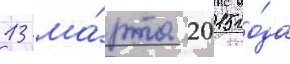
13 ма́рта 2015 го́да